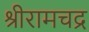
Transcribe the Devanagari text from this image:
श्रीरामचद्र